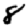
Digit: 8